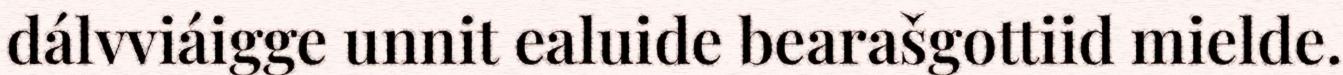
dálvviáigge unnit ealuide bearašgottiid mielde.